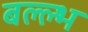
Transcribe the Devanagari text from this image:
बल्ल्भ